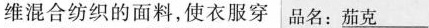
维混合纺织的面料，使衣服穿 品名： \underline{茄克}